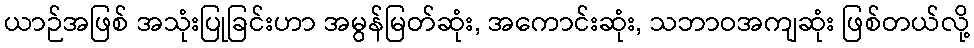
ယာဉ်အဖြစ် အသုံးပြုခြင်းဟာ အမွန်မြတ်ဆုံး, အကောင်းဆုံး, သဘာဝအကျဆုံး ဖြစ်တယ်လို့